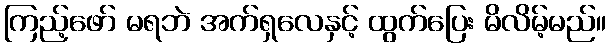
ကြည့်ဖော် မရဘဲ အက်ရှလေနှင့် ထွက်ပြေး မိလိမ့်မည်။